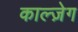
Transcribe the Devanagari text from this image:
काल्ज़ेग